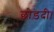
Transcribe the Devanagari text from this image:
छोड़दी।